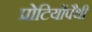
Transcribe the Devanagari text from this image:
प्रोटियोंपैथी